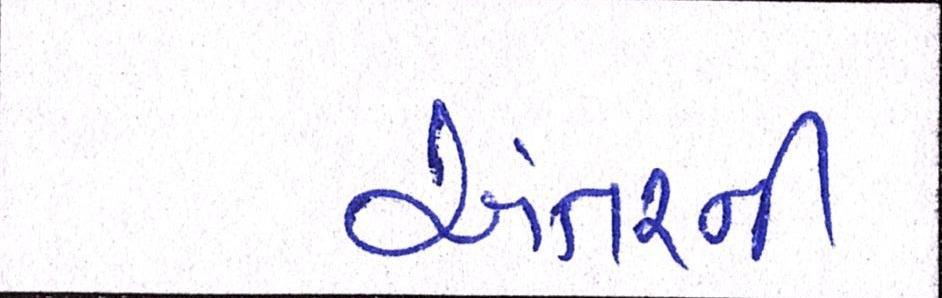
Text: અંતરની